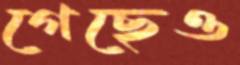
গেছেও